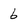
Character: 6